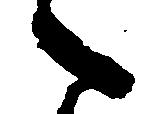
之